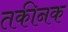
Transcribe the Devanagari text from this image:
तकीनक